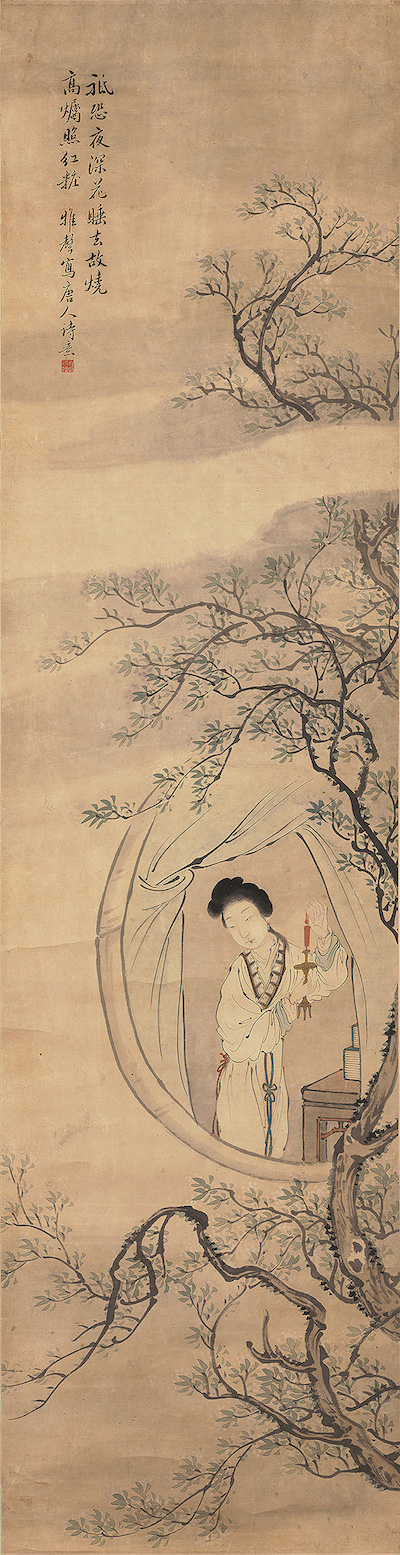
佳人独立相思苦。薄袖欺寒脩竹暮。